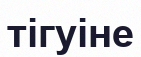
тігуіне